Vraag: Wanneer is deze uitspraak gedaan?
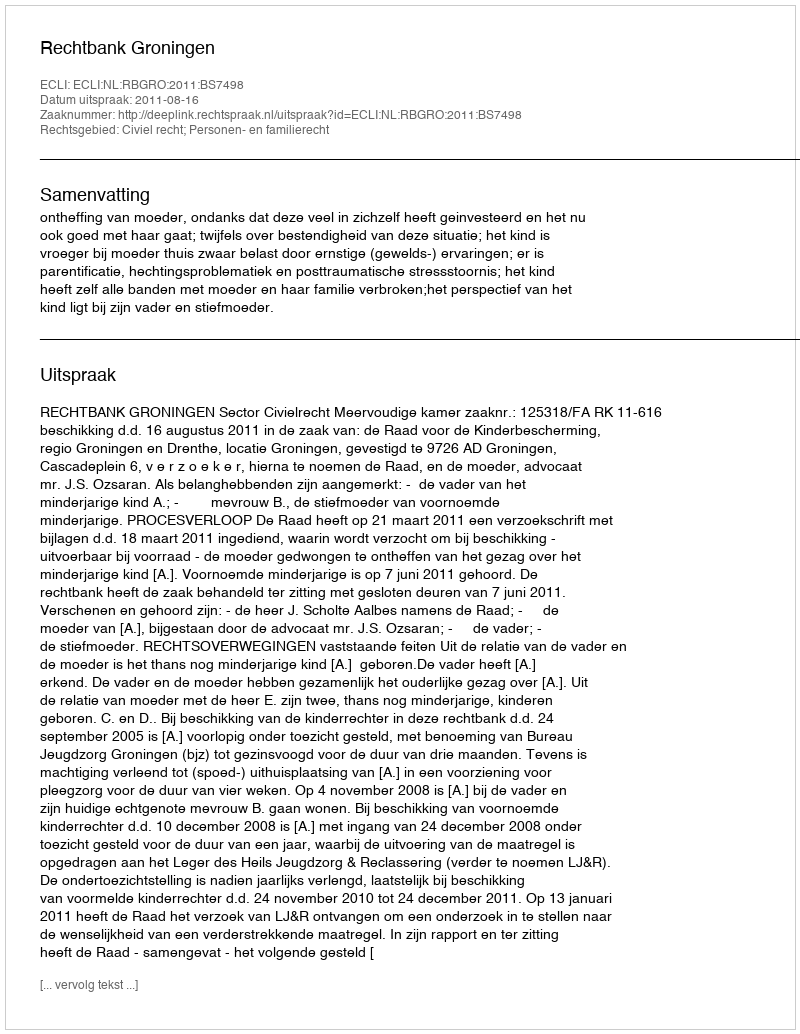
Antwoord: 2011-08-16